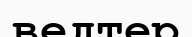
ведтер